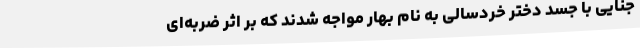
جنایی با جسد دختر خردسالی به نام بهار مواجه شدند که بر اثر ضربه‌ای